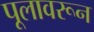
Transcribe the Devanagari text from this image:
पूलावरून